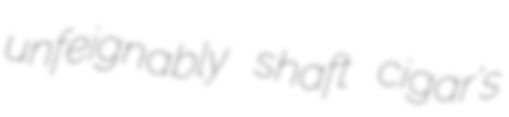
unfeignably shaft cigar's